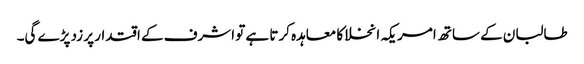
طالبان کے ساتھ امریکہ انخلا کا معاہدہ کرتا ہے تو اشرف کے اقتدار پر زد پڑے گی۔